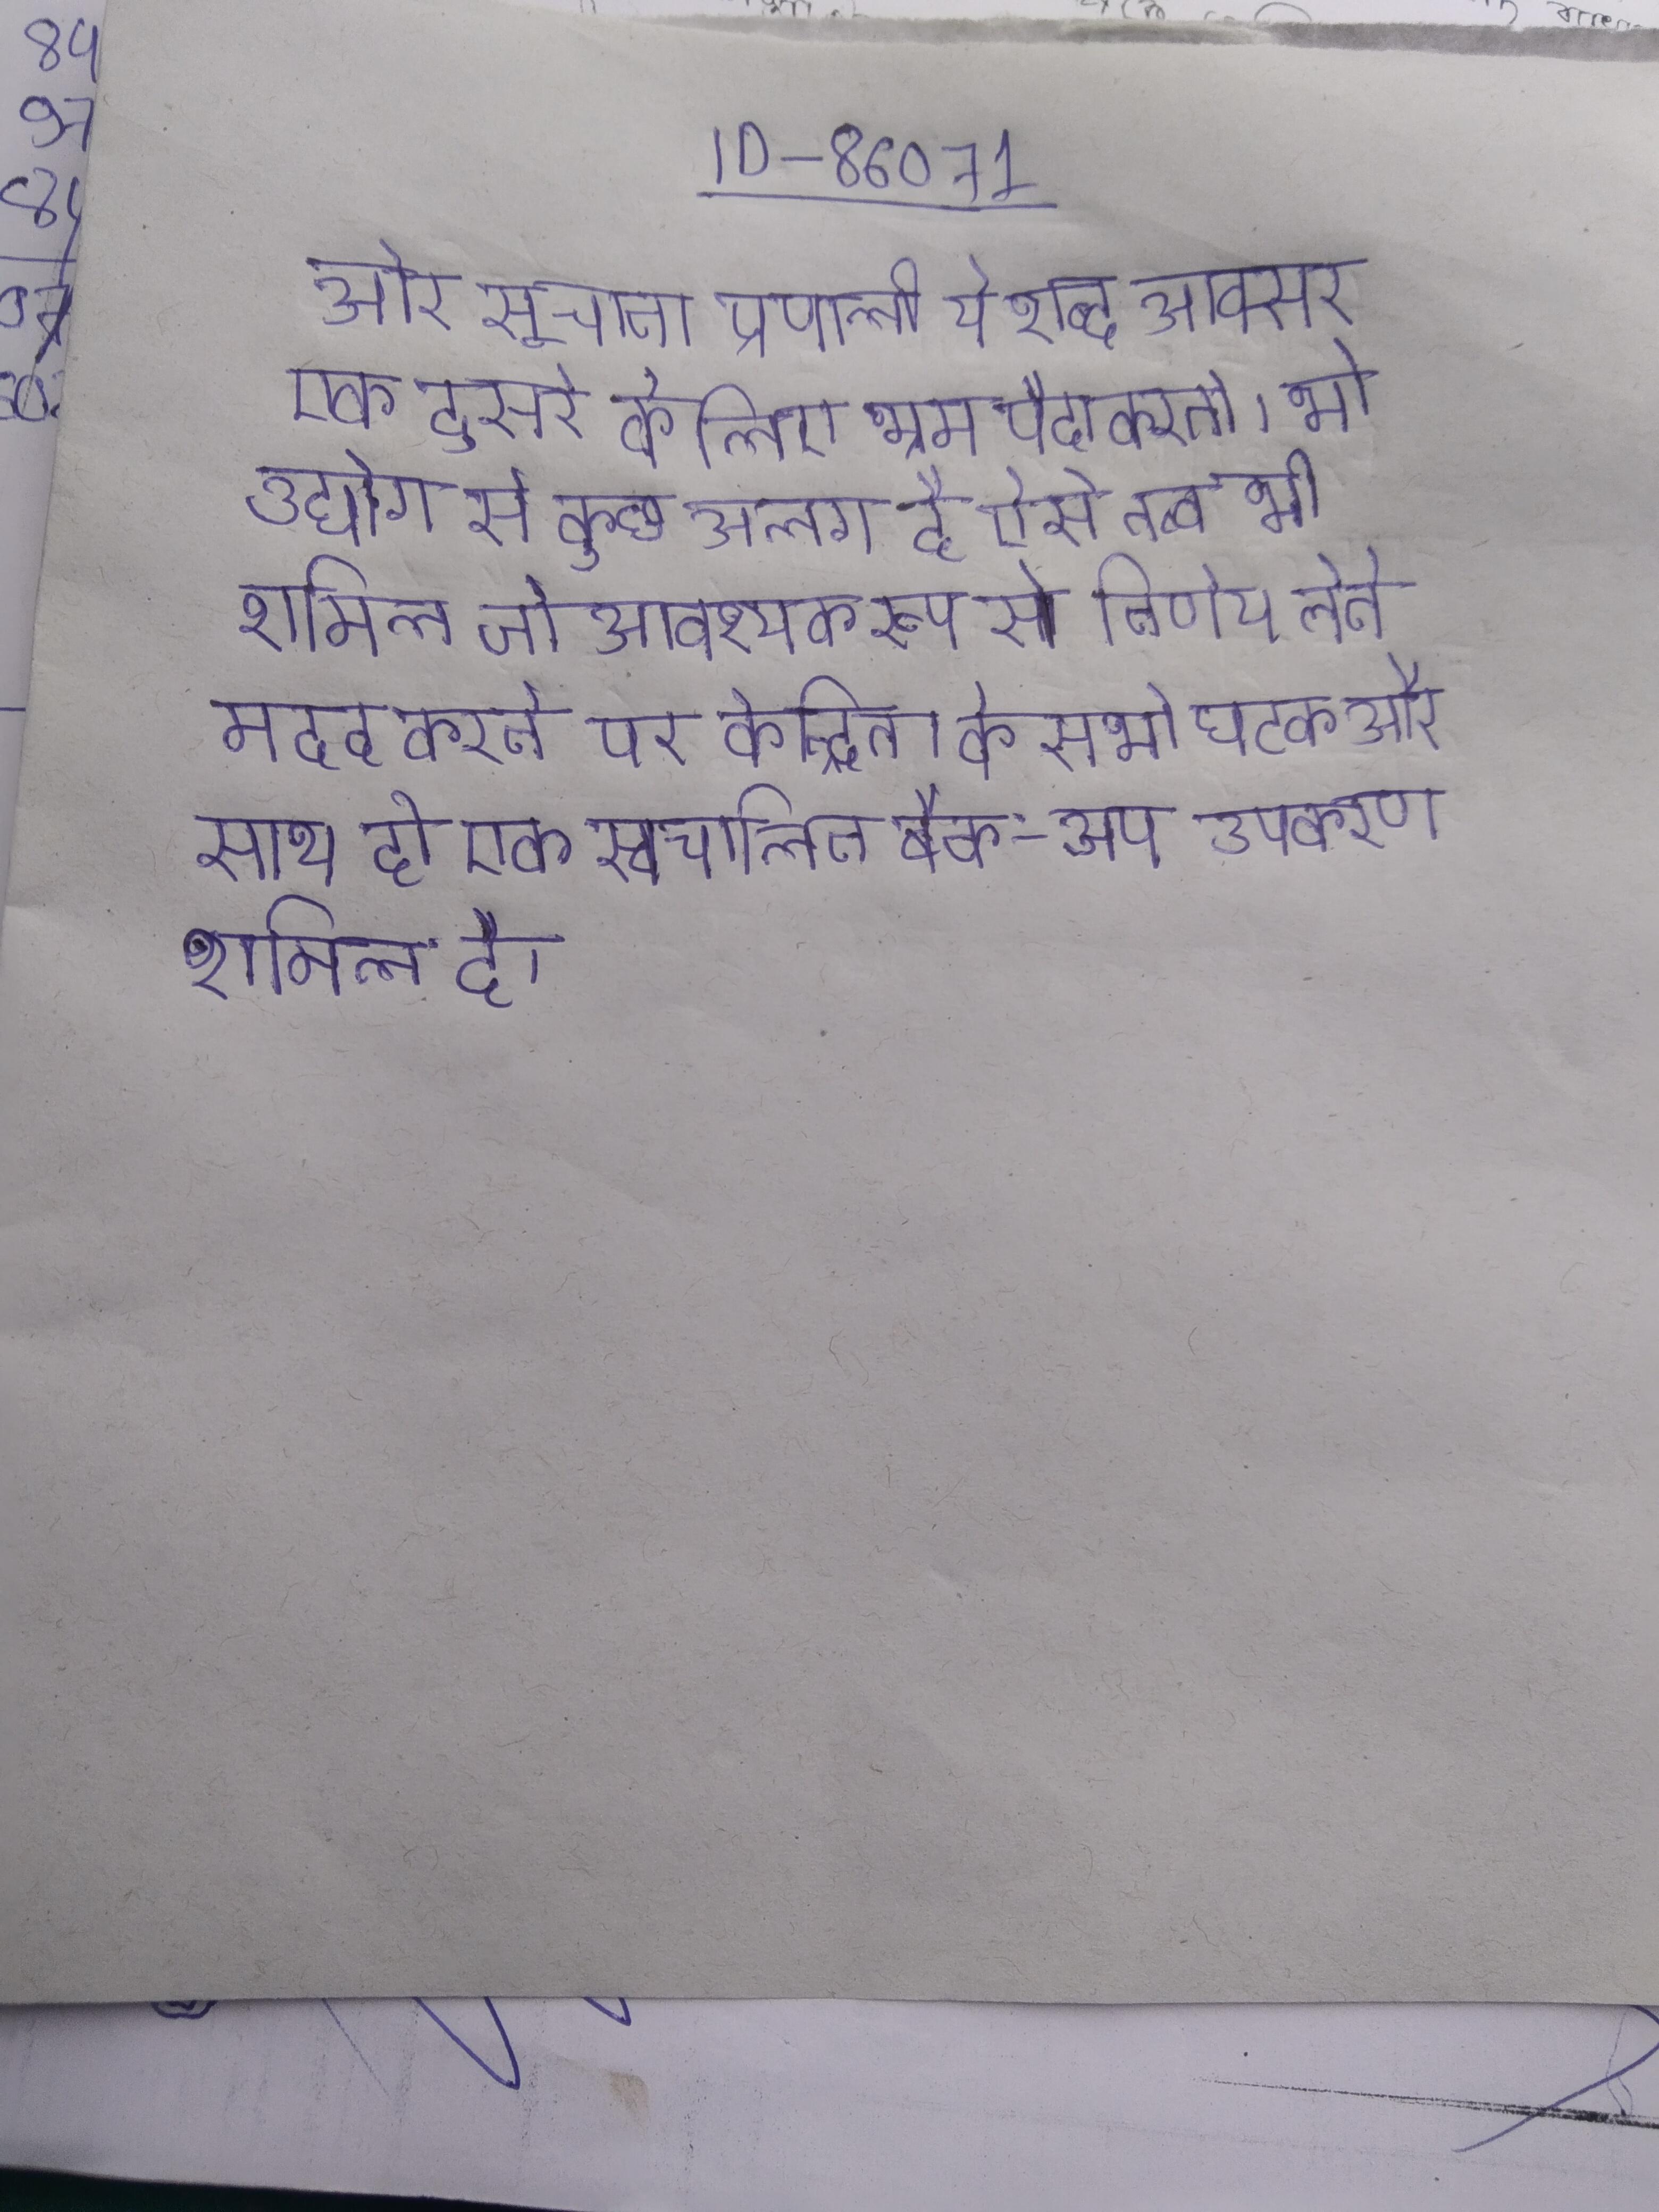
और सूचना प्रणाली ये शब्द अक्सर एक दुसरे के लिए भ्रम पैदा करते । भी उद्योग से कुछ अलग है ऐसे तत्व भी शामिल जो आवश्यक रूप से निर्णय लेने मदद करने पर केन्द्रित । के सभी घटक और साथ ही एक स्वचालित बैक-अप उपकरण शामिल है ।